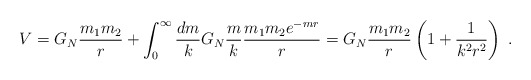
\begin{align*}V=G_N{m_1 m_2 \over r}+\int_0^\infty {dm \over k} G_N{m \over k} {m_1 m_2e^{-mr} \over r}=G_N {m_1 m_2 \over r} \left(1+{1 \over k^2 r^2}\right) \; .\end{align*}